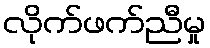
လိုက်ဖက်ညီမှု